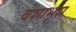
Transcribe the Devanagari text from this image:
वेशाभूश